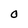
Character: O